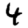
Digit: 4